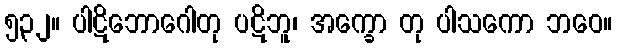
၅၃၂။ ပါဋိဘောဂေါတု ပဋိဘူ၊ အက္ခော တု ပါသကော ဘဝေ။